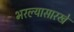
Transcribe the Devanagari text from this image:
भरल्यासारखे